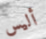
أليس